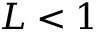
L < 1